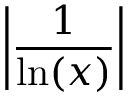
\left| { \frac { 1 } { \ln ( x ) } } \right|